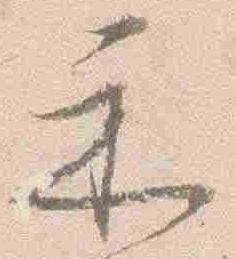
示